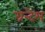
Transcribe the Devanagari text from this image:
ग्रन्देस्